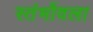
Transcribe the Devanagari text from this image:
स्तंभोंवला